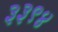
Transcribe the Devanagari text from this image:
३३९४